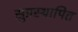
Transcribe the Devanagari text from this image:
सुप्रस्थापित